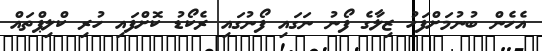
އެހެން ބުނުމަށްފަހު ޒިލާގެ ފޯނު ނަގައި ފޯނުގައި ރެކޯޑު ކޮށްފައި ހުރި ކްލިޕްތައް